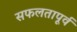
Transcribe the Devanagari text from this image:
सफलतापूर्व